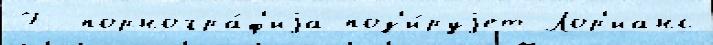
7 -порногра́ф'иjа поз'и́руjет Лор'ианс